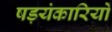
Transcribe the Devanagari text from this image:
षड़यंकारियों